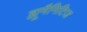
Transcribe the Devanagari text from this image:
ह्यूमैनिटिज